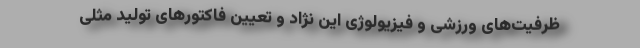
ظرفیت‌های ورزشی و فیزیولوژی این نژاد و تعیین فاکتورهای تولید مثلی